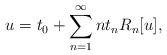
LaTeX: \begin{align*}u = t_{0} + \sum_{n=1}^{\infty} n t_{n} R_{n}[u], \end{align*}